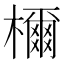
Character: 檷